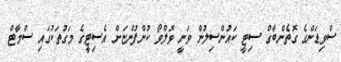
ސްވިޑަންގެ ގޮތެންބާގް ސިޓީ ކައުންސިލުން ވަނީ ވޮލްވޯ ކުންފުންޏަށް އެސިޓީގެ މަގުތަކުގައި ސްމާޓް